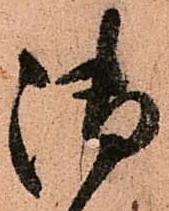
御